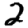
Digit: 2